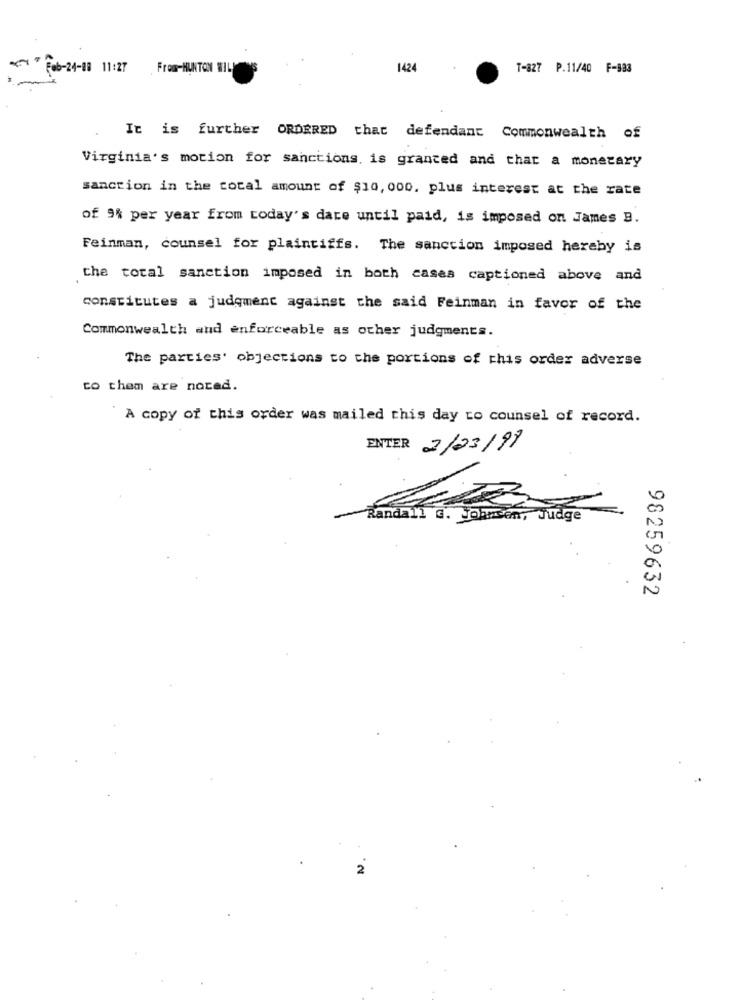
- Feb-24-08 11:27 From-HUNTON WIL
1424
T-827 P.11/40 F-883
It is further ORDERED that defendant Commonwealth of
Virginia's motion for sanctions, is granted and that a monetary
sanction in the total amount of $10, 000, plus interest at the rate
of 9% per year from today's date until paid, is imposed on James B.
Feinman, counsel for plaintiffs. The sanction imposed hereby is
the total sanction imposed in both cases captioned above and
constitutes a judgment against the said Feinman in favor of the
Commonwealth and enforceable as other judgments.
The parties' objections to the portions of this order adverse
to them are nocad.
A copy of this order was mailed this day to counsel of record.
ENTER 2/03/99
Randall G. Johnsen, Judge
98259632
2